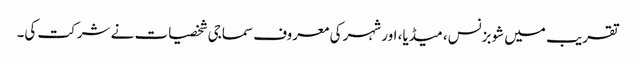
تقریب میں شوبزنس، میڈیا، اور شہر کی معروف سماجی شخصیات نے شرکت کی۔